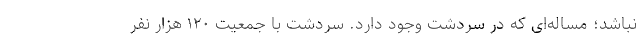
نباشد؛ مساله‌ای که در سردشت وجود دارد. سردشت با جمعیت ۱۲۰ هزار نفر